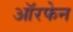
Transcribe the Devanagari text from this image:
ऑरफेन